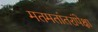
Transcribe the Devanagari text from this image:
मतमतांतरांपेक्षा